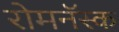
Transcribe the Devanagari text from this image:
रोमनॅस्क